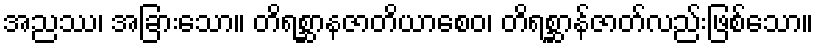
အညဿ၊ အခြားသော။ တိရစ္ဆာနဇာတိယာစေဝ၊ တိရစ္ဆာန်ဇာတ်လည်းဖြစ်သော။